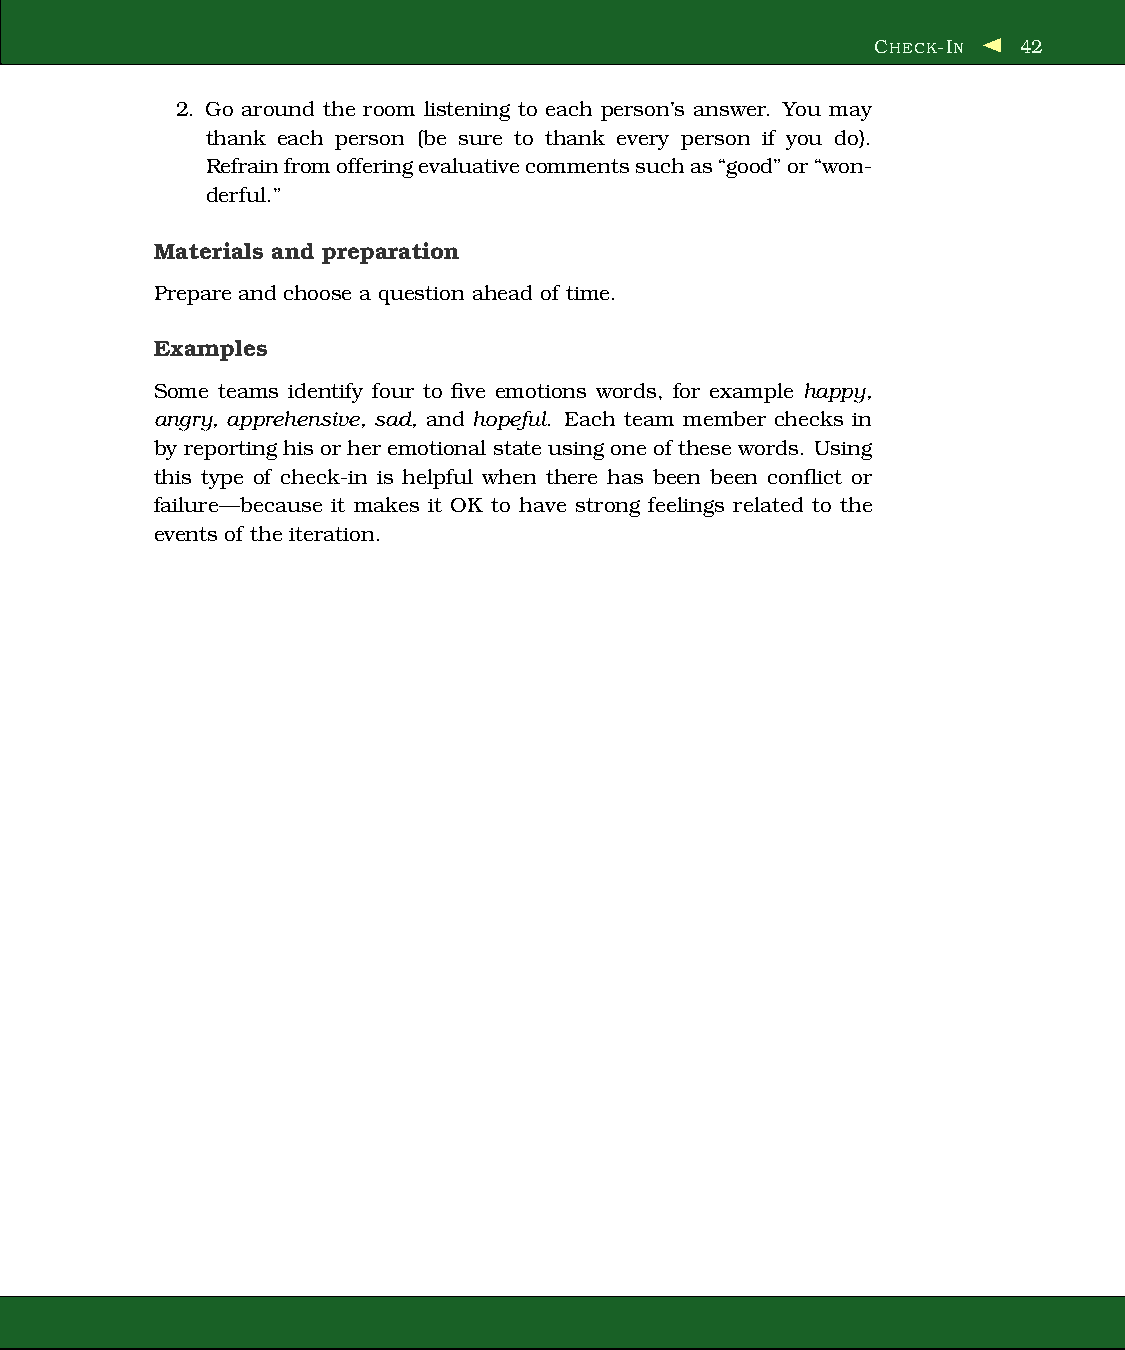
CHECK-IN  42
 2. Go around the room listening to each person’s answer. You may
 thank each person (be sure to thank every person if you do).
 Refrainfromofferingevaluativecommentssuchas“good”or“won-
 derful.”
 Materials and preparation
 Prepare and choose a question ahead of time.
 Examples
 Some teams identify four to five emotions words, for example happy,
 angry, apprehensive, sad, and hopeful. Each team member checks in
 by reportinghisor her emotional stateusing oneof thesewords. Using
 this type of check-in is helpful when there has been been conflict or
 failure—because it makes it OK to have strong feelings related to the
 events of the iteration.